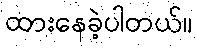
ထားနေခဲ့ပါတယ်။